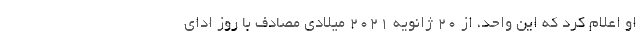
او اعلام کرد که این واحد، از ۲۰ ژانویه ۲۰۲۱ میلادی مصادف با روز ادای